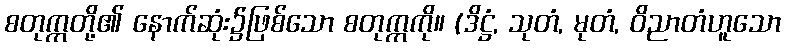
စတုက္ကတို့၏ နောက်ဆုံး၌ဖြစ်သော စတုက္ကကို။ (ဒိဋ္ဌံ, သုတံ, မုတံ, ဝိညာတံဟူသော